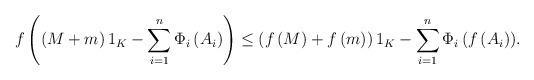
LaTeX: \begin{align*}f\left( \left( M+m \right){{1}_{K}}-\sum\limits_{i=1}^{n}{{{\Phi }_{i}}\left( {{A}_{i}} \right)} \right)\le \left( f\left( M \right)+f\left( m \right) \right){{1}_{K}}-\sum\limits_{i=1}^{n}{{{\Phi }_{i}}\left( f\left( {{A}_{i}} \right) \right)}.\end{align*}